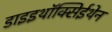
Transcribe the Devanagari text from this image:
डाइइथॉक्सिईथेन